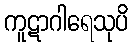
ကူဋာဂါရေသုပိ